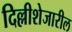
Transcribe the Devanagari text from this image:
दिल्लीशेजारील